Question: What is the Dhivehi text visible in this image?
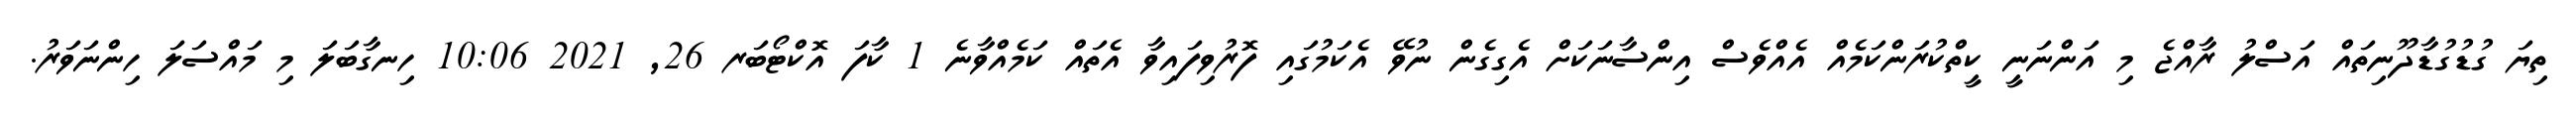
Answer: ތިޔަ ގުޑުގުޑާދޫނިތައް އަސްލު ރާއްޖެ މި އަންނަނީ ކީތްކުރަންކަމެއް އެއްވެސް އިންސާނަކަށް އެގިގެން ނުވޭ އެކަމުގައި ފޮރުވިފައިވާ އެތައް ކަމެއްވާނެ 1 ކާފަ އޮކްޓޯބަރ 26, 2021 10:06 ހިނގާބަލަ މި މައްސަލަ ހިންނަވަރު.